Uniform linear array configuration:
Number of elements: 8
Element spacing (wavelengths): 0.75
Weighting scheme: hann
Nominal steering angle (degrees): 45
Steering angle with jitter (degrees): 44.733
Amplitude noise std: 0.05
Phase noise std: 0.05

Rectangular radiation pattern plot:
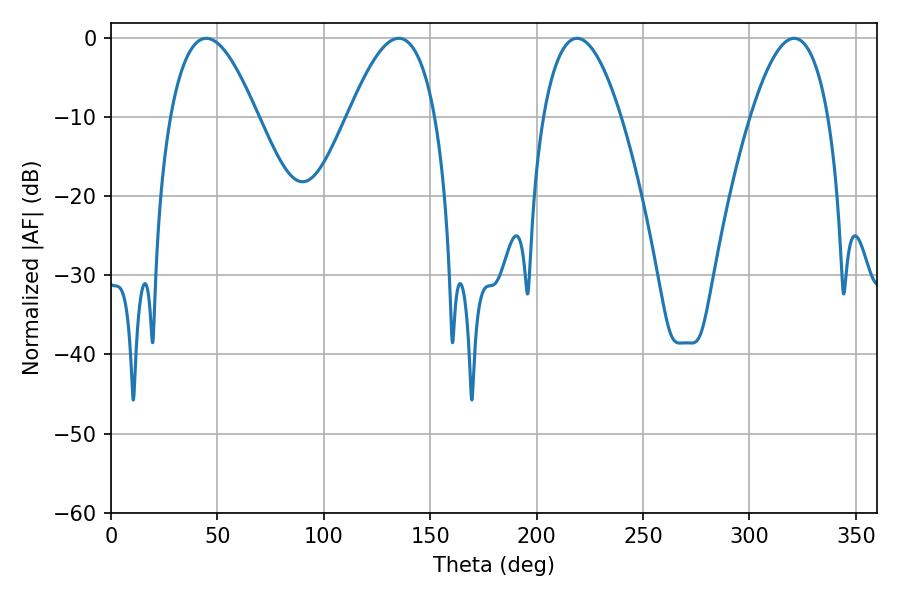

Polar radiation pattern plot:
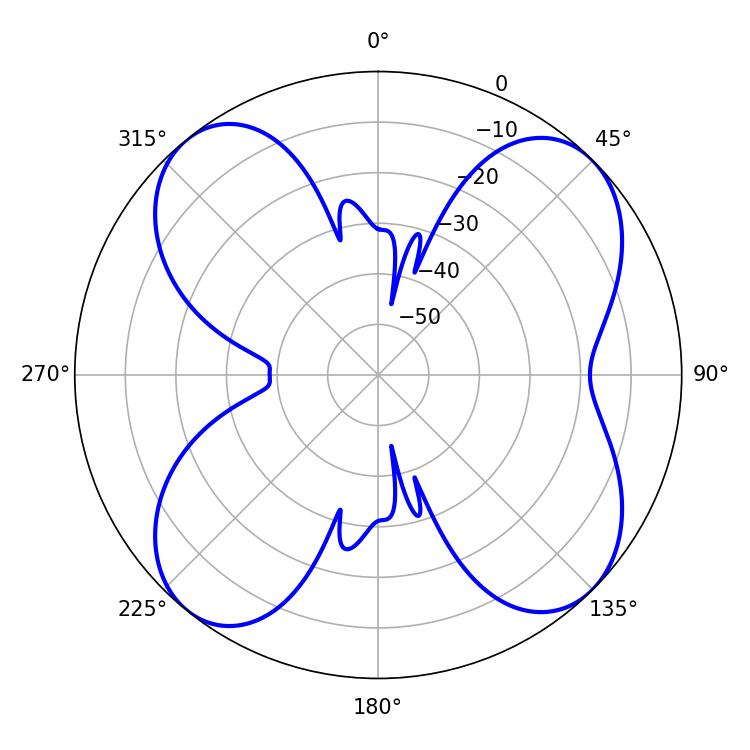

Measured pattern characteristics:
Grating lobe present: TRUE
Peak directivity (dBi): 11.767
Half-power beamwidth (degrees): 22.32
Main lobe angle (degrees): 44.82